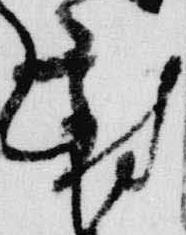
対